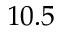
1 0 . 5